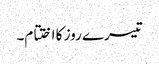
تیسرے روز کا اختتام۔